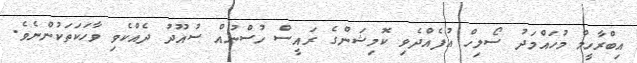
އިބްރާހީމް މުހައްމަދު ސޯލިހް އުފެއްދެވި ކޮމިޝަންގެ ރައީސް ހުސްނުއް ސުއޫދު ދެއްކެވި ވާހަކަތަކުންނެވެ.